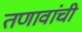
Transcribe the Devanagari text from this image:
तणावांची